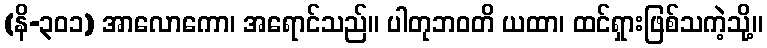
(နိ-၃၀၁) အာလောကော၊ အရောင်သည်။ ပါတုဘဝတိ ယထာ၊ ထင်ရှားဖြစ်သကဲ့သို့။